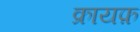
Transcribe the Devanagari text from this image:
क्रायफ़